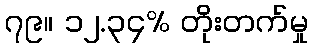
၇၉။ ၁၂.၃၄% တိုးတက်မှု